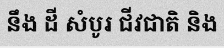
នឹង ដី សំបូរ ជីវជាតិ និង